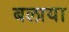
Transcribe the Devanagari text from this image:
बलाया